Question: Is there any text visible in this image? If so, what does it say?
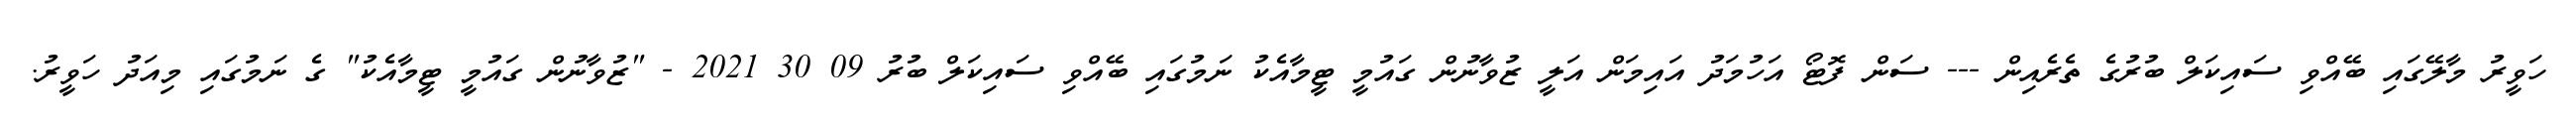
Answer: ހަވީރު މާލޭގައި ބޭއްވި ސައިކަލް ބުރުގެ ތެރެއިން --- ސަން ފޮޓޯ އަހުމަދު އައިމަން އަލީ ޒުވާނުން ގައުމީ ޓީމާއެކު ނަމުގައި ބޭއްވި ސައިކަލް ބުރު 09 30 2021 - "ޒުވާނުން ގައުމީ ޓީމާއެކު" ގެ ނަމުގައި މިއަދު ހަވީރު.